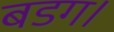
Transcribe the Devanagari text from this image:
बडग।